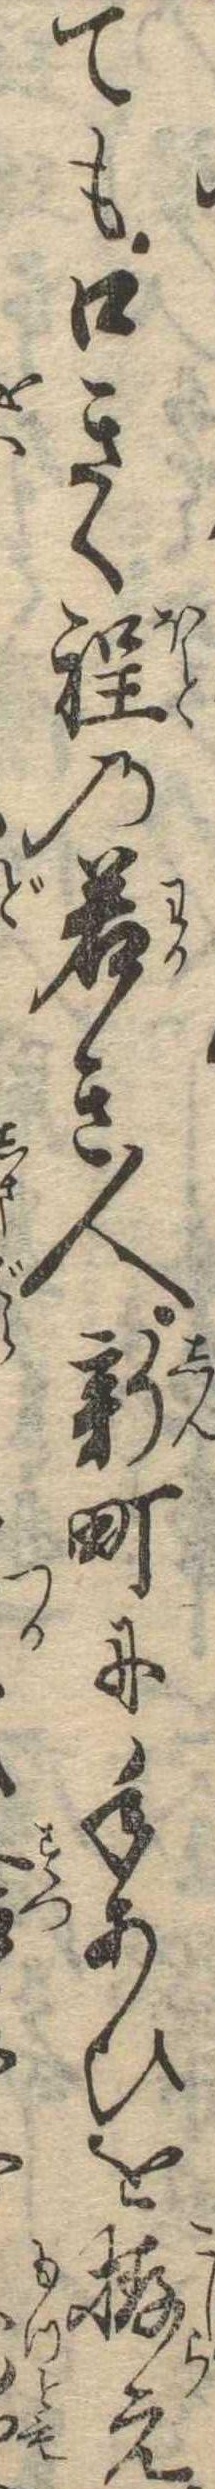
ても口きく程の若き人新町に手あひを拵え